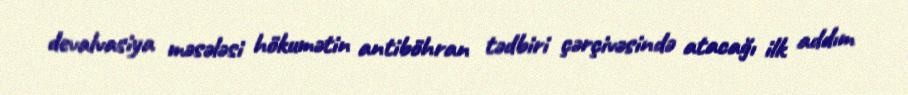
devalvasiya məsələsi hökumətin antiböhran tədbiri çərçivəsində atacağı ilk addım